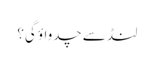
لنڈ سے چدواؤ گی؟